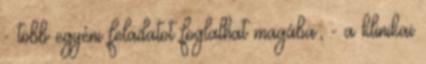
- több egyéni feladatot foglalhat magába; - a klinikai